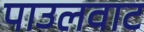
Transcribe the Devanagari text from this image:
पाउलवाट